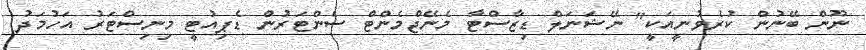
ނޫން ބޭނުން ކުރެވުނީއަކީ" ނޭޝަނަލް ޑިޒާސްޓާ މެނޭޖްމެންޓް ސެންޓަރުން ޑެޕިއުޓީ މިނިސްޓަރު އަހުމަދު